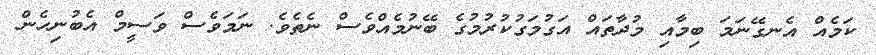
ކަމެއް އެނގޭނަމަ ބިމާއި މުދާތައް އަގުމަގުކުރުމުގެ ބޭނުމެއްވެސް ނެތެވެ. ނަމަވެސް ވަސީމް އެބުނިހެން